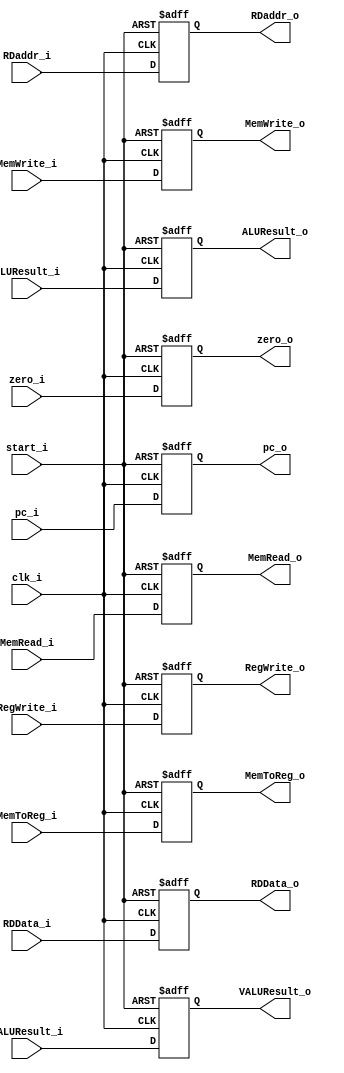
module EX_MEM(
	clk_i,
	start_i,
	pc_i,
	zero_i,
	ALUResult_i,
    VALUResult_i, //NEW
	RDData_i,
	RDaddr_i,
	RegWrite_i,
	MemToReg_i,
	MemRead_i,
	MemWrite_i,
	pc_o,
	zero_o,
	ALUResult_o,
    VALUResult_o, //NEW
	RDData_o,
	RDaddr_o,
	RegWrite_o,
	MemToReg_o,
	MemRead_o,
	MemWrite_o,
);

input	clk_i, zero_i, RegWrite_i, MemToReg_i, MemRead_i, MemWrite_i, start_i;
input	[31:0]	pc_i, ALUResult_i, RDData_i, VALUResult_i; //NEW
input	[4:0] RDaddr_i;

output	zero_o, RegWrite_o, MemToReg_o, MemRead_o, MemWrite_o;
output	[31:0]	pc_o, ALUResult_o, RDData_o, VALUResult_o; //NEW
output reg[4:0] RDaddr_o;
reg	 zero_o, RegWrite_o, MemToReg_o, MemRead_o, MemWrite_o;
reg	[31:0]	pc_o, ALUResult_o, RDData_o;

always@(posedge clk_i or negedge start_i) begin
	if(~start_i) begin
		pc_o <= 0;
		zero_o <= 0;
		ALUResult_o <= 0;
        VALUResult_o <= 0; //NEW
		RDData_o <= 0;
		RDaddr_o <= 0;
		RegWrite_o <= 0;
		MemToReg_o <= 0;
		MemRead_o <= 0;
		MemWrite_o <= 0;
	end
	else begin
		pc_o <= pc_i;
		zero_o <= zero_i;
		ALUResult_o <= ALUResult_i;
        VALUResult_o <= VALUResult_i; //NEW
		RDData_o <= RDData_i;
		RDaddr_o <= RDaddr_i;
		RegWrite_o <= RegWrite_i;
		MemToReg_o <= MemToReg_i;
		MemRead_o <= MemRead_i;
		MemWrite_o <= MemWrite_i;
	end
end

endmodule